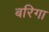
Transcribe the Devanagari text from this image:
बरिगा